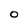
Character: O